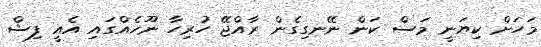
މަހަށް ކިޔަނީ މަސް ކަން ނޭނގިގެން ރާއްޖޭ ހުރިހާ ނޫހެއްގައި އެއީ ފިޝް